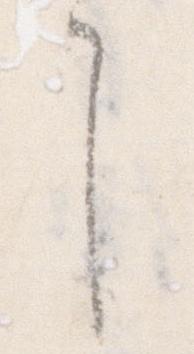
ゝ